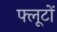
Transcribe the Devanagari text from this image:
फ्लूटों